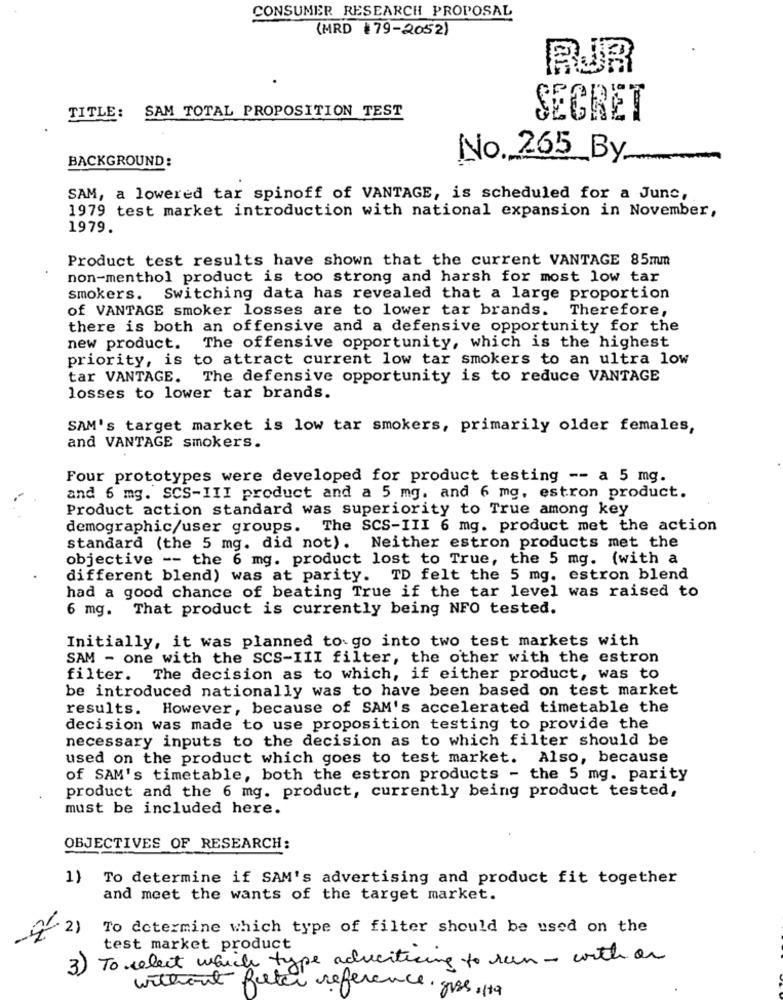
CONSUMER RESEARCH PROPOSAL
(MRD 179-2052)
RJR
TITLE: SAM TOTAL PROPOSITION TEST
SECRET
BACKGROUND:
No. 265 By
SAM, a lowered tar spinoff of VANTAGE, is scheduled for a June,
1979 test market introduction with national expansion in November,
1979.
Product test results have shown that the current VANTAGE 85mm
non-menthol product is too strong and harsh for most low tar
smokers. Switching data has revealed that a large proportion
of VANTAGE smoker losses are to lower tar brands.
Therefore,
there is both an offensive and a defensive opportunity for the
new product. The offensive opportunity, which is the highest
priority, is to attract current low tar smokers to an ultra low
tar VANTAGE. The defensive opportunity is to reduce VANTAGE
losses to lower tar brands.
SAM's target market is low tar smokers, primarily older females,
and VANTAGE smokers.
Four prototypes were developed for product testing -- a 5 mg.
and 6 mg. SCS-III product and a 5 mg. and 6 mg, estron product.
Product action standard was superiority to True among key
demographic/user groups. The SCS-III 6 mg. product met the action
standard (the 5 mg. did not). Neither estron products met the
objective -- the 6 mg. product lost to True, the 5 mg. (with a
different blend) was at parity. TD felt the 5 mg. estron blend
had a good chance of beating True if the tar level was raised to
6 mg. That product is currently being NFO tested.
Initially, it was planned to go into two test markets with
SAM - one with the SCS-III filter, the other with the estron
filter. The decision as to which, if either product, was to
be introduced nationally was to have been based on test market
results. However, because of SAM's accelerated timetable the
decision was made to use proposition testing to provide the
necessary inputs to the decision as to which filter should be
used on the product which goes to test market. Also, because
of SAM's timetable, both the estron products - the 5 mg. parity
product and the 6 mg. product, currently being product tested,
must be included here.
OBJECTIVES OF RESEARCH:
1) To determine if SAM's advertising and product fit together
and meet the wants of the target market.
· 2)
To determine which type of filter should be used on the
test market product
To select which type advertising to run - with or
3)
without felter reference, gros, 119